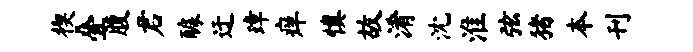
楔叠腹君醵迂璋痒慎故淆沈淮弦猪本刊